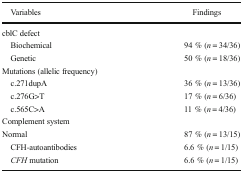
<table><thead><tr><td><b> Variables</b></td><td><b> Findings</b></td></tr></thead><tbody><tr><td colspan="2">cblC defect</td></tr><tr><td> Biochemical</td><td>94 % (<i>n</i> = 34/36)</td></tr><tr><td> Genetic</td><td>50 % (<i>n</i> = 18/36)</td></tr><tr><td colspan="2">Mutations (allelic frequency)</td></tr><tr><td> c.271dupA</td><td>36 % (<i>n</i> = 13/36)</td></tr><tr><td> c.276G&gt;T</td><td>17 % (<i>n</i> = 6/36)</td></tr><tr><td> c.565C&gt;A</td><td>11 % (<i>n</i> = 4/36)</td></tr><tr><td colspan="2">Complement system</td></tr><tr><td>Normal</td><td>87 % (<i>n</i> = 13/15)</td></tr><tr><td> CFH-autoantibodies</td><td>6.6 % (<i>n</i> = 1/15)</td></tr><tr><td> <i>CFH</i> mutation</td><td>6.6 % (<i>n</i> = 1/15)</td></tr></tbody></table>